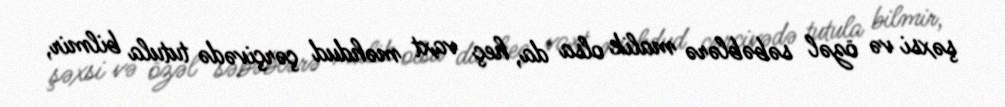
şəxsi və özəl səbəblərə malik olsa da, heç vaxt məhdud çərçivədə tutula bilmir,